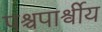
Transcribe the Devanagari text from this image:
पश्चपार्श्वीय